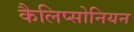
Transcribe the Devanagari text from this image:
कैलिप्सोनियन